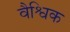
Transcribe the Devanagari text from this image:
वैश्विक